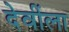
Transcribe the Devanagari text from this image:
देवींला